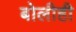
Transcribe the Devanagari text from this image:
बोलीही